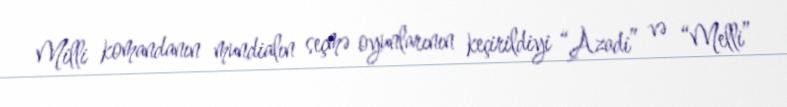
Milli komandanın mundialın seçmə oyunlarının keçirildiyi “Azadi” və “Melli”